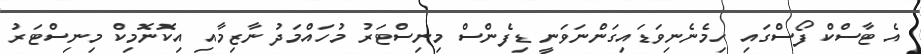
އެ ޓާސްކް ފޯސްގައި ހިމެނެނިވަޑައިގަންނަވަނީ ޑިފެންސް މިނިސްޓަރު މުހައްމަދު ނާޒިމާއި އިކޮނޮމިކް މިނިސްޓަރު